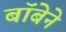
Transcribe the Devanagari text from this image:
बॉबेने